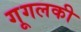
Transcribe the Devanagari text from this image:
गूगलकी